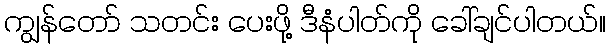
ကျွန်တော် သတင်း ပေးဖို့ ဒီနံပါတ်ကို ခေါ်ချင်ပါတယ်။